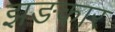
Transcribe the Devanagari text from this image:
झङकार